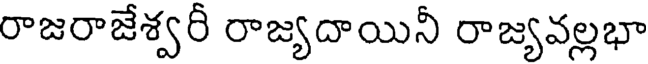
రాజరాజేశ్వరీ రాజ్యదాయినీ రాజ్యవల్లభా